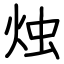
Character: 烛